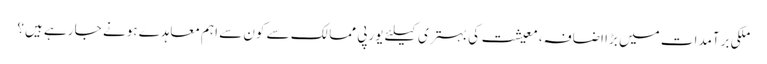
ملکی برآمدات میں بڑا اضافہ، معیشت کی بہتری کیلئے یورپی ممالک سے کون سے اہم معاہدے ہونے جا رہے ہیں؟